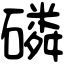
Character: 磷